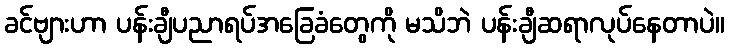
ခင်ဗျားဟာ ပန်းချီပညာရပ်အခြေခံတွေကို မသိဘဲ ပန်းချီဆရာလုပ်နေတာပဲ။